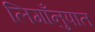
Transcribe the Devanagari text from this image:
लिगाँनुपात